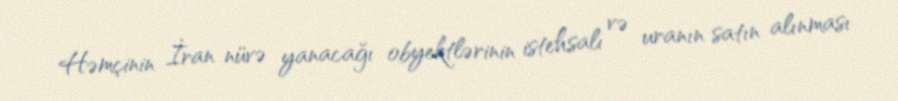
Həmçinin İran nüvə yanacağı obyektlərinin istehsalı və uranın satın alınması